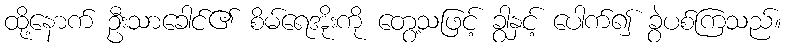
ထို့နောက် ဦးသာခေါင်၏ စိမ်ရေအိုးကို တွေ့သဖြင့် ခွါနှင့် ပေါက်၍ ခွဲပစ်ကြသည်။